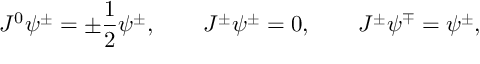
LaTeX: J ^ { 0 } \psi ^ { \pm } = \pm \frac 1 2 \psi ^ { \pm } , \qquad J ^ { \pm } \psi ^ { \pm } = 0 , \qquad J ^ { \pm } \psi ^ { \mp } = \psi ^ { \pm } ,